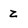
Character: z